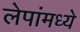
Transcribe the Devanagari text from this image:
लेपांमध्ये